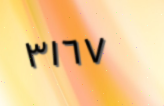
٣١٦٧